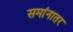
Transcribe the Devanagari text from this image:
समांनातर